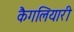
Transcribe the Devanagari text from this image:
कैगलियारी